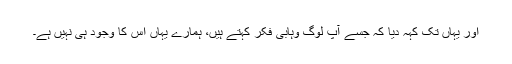
اور یہاں تک کہہ دیا کہ جسے آپ لوگ وہابی فکر کہتے ہیں، ہمارے یہاں اس کا وجود ہی نہیں ہے۔